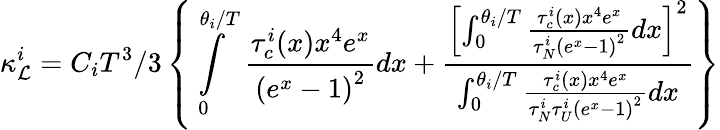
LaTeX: \kappa_{\mathcal{L}}^{i}=C_{i}T^{3}/3\left\{ \intop_{0}^{\theta_{i}/T}\frac{{\tau_{c}^{i}(x)x^{4}e^{x}}}{{\left(e^{x}-1\right)^{2}}}dx+\frac{{\left[\intop_{0}^{\theta_{i}/T}\frac{{\tau_{c}^{i}(x)x^{4}e^{x}}}{{\tau_{N}^{i}\left(e^{x}-1\right)^{2}}}dx\right]^{2}}}{{\intop_{0}^{\theta_{i}/T}\frac{{\tau_{c}^{i}(x)x^{4}e^{x}}}{{\tau_{N}^{i}\tau_{U}^{i}\left(e^{x}-1\right)^{2}}}dx}}\right\}